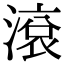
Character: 滾